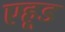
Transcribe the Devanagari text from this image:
एहूड